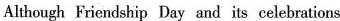
Although Friendship Day and its celebrations